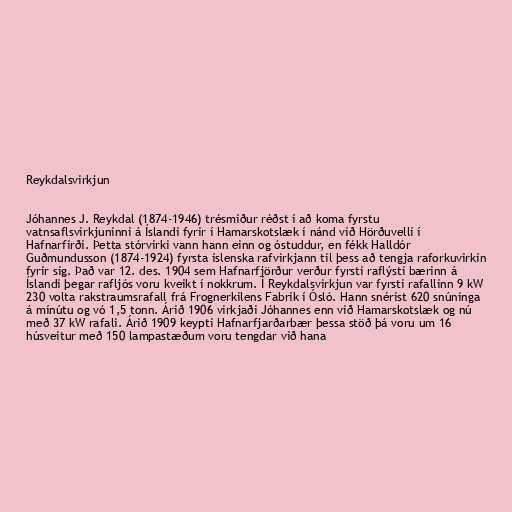
Reykdalsvirkjun

Jóhannes J. Reykdal (1874-1946) trésmiður réðst í að koma fyrstu
vatnsaflsvirkjuninni á Íslandi fyrir í Hamarskotslæk í nánd við Hörðuvelli í
Hafnarfirði. Þetta stórvirki vann hann einn og óstuddur, en fékk Halldór
Guðmundusson (1874-1924) fyrsta íslenska rafvirkjann til þess að tengja raforkuvirkin
fyrir sig. Það var 12. des. 1904 sem Hafnarfjörður verður fyrsti raflýsti bærinn á
Íslandi þegar rafljós voru kveikt í nokkrum. Í Reykdalsvirkjun var fyrsti rafallinn 9 kW
230 volta rakstraumsrafall frá Frognerkilens Fabrik í Ósló. Hann snérist 620 snúninga
á mínútu og vó 1,5 tonn. Árið 1906 virkjaði Jóhannes enn við Hamarskotslæk og nú
með 37 kW rafali. Árið 1909 keypti Hafnarfjarðarbær þessa stöð þá voru um 16
húsveitur með 150 lampastæðum voru tengdar við hana